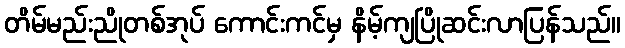
တိမ်မည်းညိုတစ်အုပ် ကောင်းကင်မှ နိမ့်ကျပြိုဆင်းလာပြန်သည်။